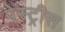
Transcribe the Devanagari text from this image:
पेस्ट्रीस